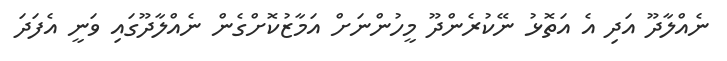
ނެއްލާދޫ އަދި އެ އަތޮޅު ނޭކުރެންދޫ މީހުންނަށް އަމާޒުކޮށްގެން ނެއްލާދޫގައި ވަނީ އެފަދަ